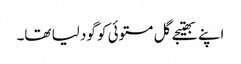
اپنے بھتیجے گل مستوئی کو گود لیا تھا۔